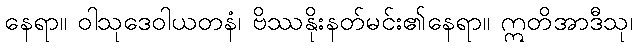
နေရာ။ ဝါသုဒေဝါယတနံ၊ ဗိဿနိုးနတ်မင်း၏နေရာ။ ဣတိအာဒီသု၊